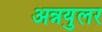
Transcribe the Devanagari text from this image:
अन्नयुलर